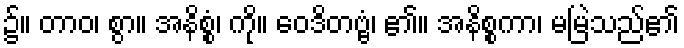
၌။ တာဝ၊ စွာ။ အနိစ္စံ၊ ကို။ ဝေဒိတဗ္ဗံ၊ ၏။ အနိစ္စကာ၊ မမြဲသည်၏